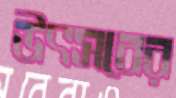
উৎসবের